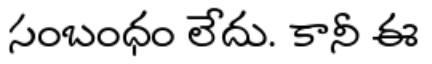
సంబంధం లేదు. కానీ ఈ